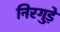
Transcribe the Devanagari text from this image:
निरगुड़े